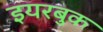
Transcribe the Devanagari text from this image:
इयरबुक